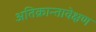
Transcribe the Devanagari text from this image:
अतिक्रान्तावेक्षण